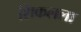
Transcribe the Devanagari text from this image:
शिकलला